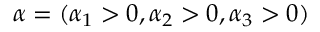
\alpha = ( \alpha _ { 1 } > 0 , \alpha _ { 2 } > 0 , \alpha _ { 3 } > 0 )